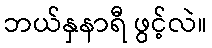
ဘယ်နှနာရီ ဖွင့်လဲ။